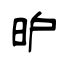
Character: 昈